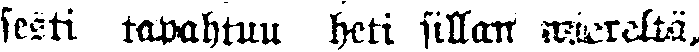
sesti tapahtuu heti sillan wiereltä,